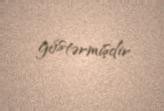
göstərmişdir.